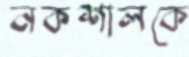
নকশালকে